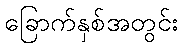
ခြောက်နှစ်အတွင်း